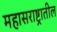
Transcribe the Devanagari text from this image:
महासराष्ट्रातील